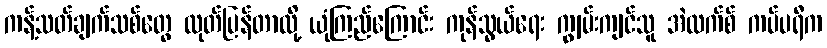
ကန့်သတ်ချက်သစ်တွေ ထုတ်ပြန်တာလို့ ယုံကြည်ကြောင်း ကုန်သွယ်ရေး ကျွမ်းကျင်သူ အဲလက်စ် ကပ်ပရီက